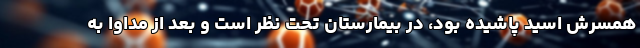
همسرش اسید پاشیده بود، در بیمارستان تحت نظر است و بعد از مداوا به